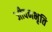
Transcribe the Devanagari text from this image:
जीवनभृति